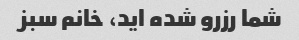
شما رزرو شده اید، خانم سبز